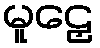
မူဠှေ